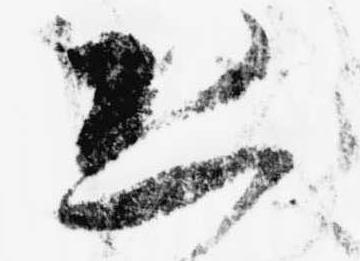
恐